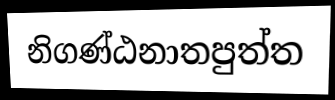
නිගණ්ඨනාතපුත්ත